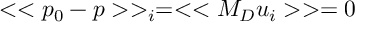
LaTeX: < < p _ { 0 } - p > > _ { i } = < < M _ { D } u _ { i } > > = 0